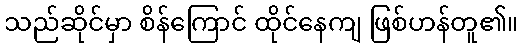
သည်ဆိုင်မှာ စိန်ကြောင် ထိုင်နေကျ ဖြစ်ဟန်တူ၏။